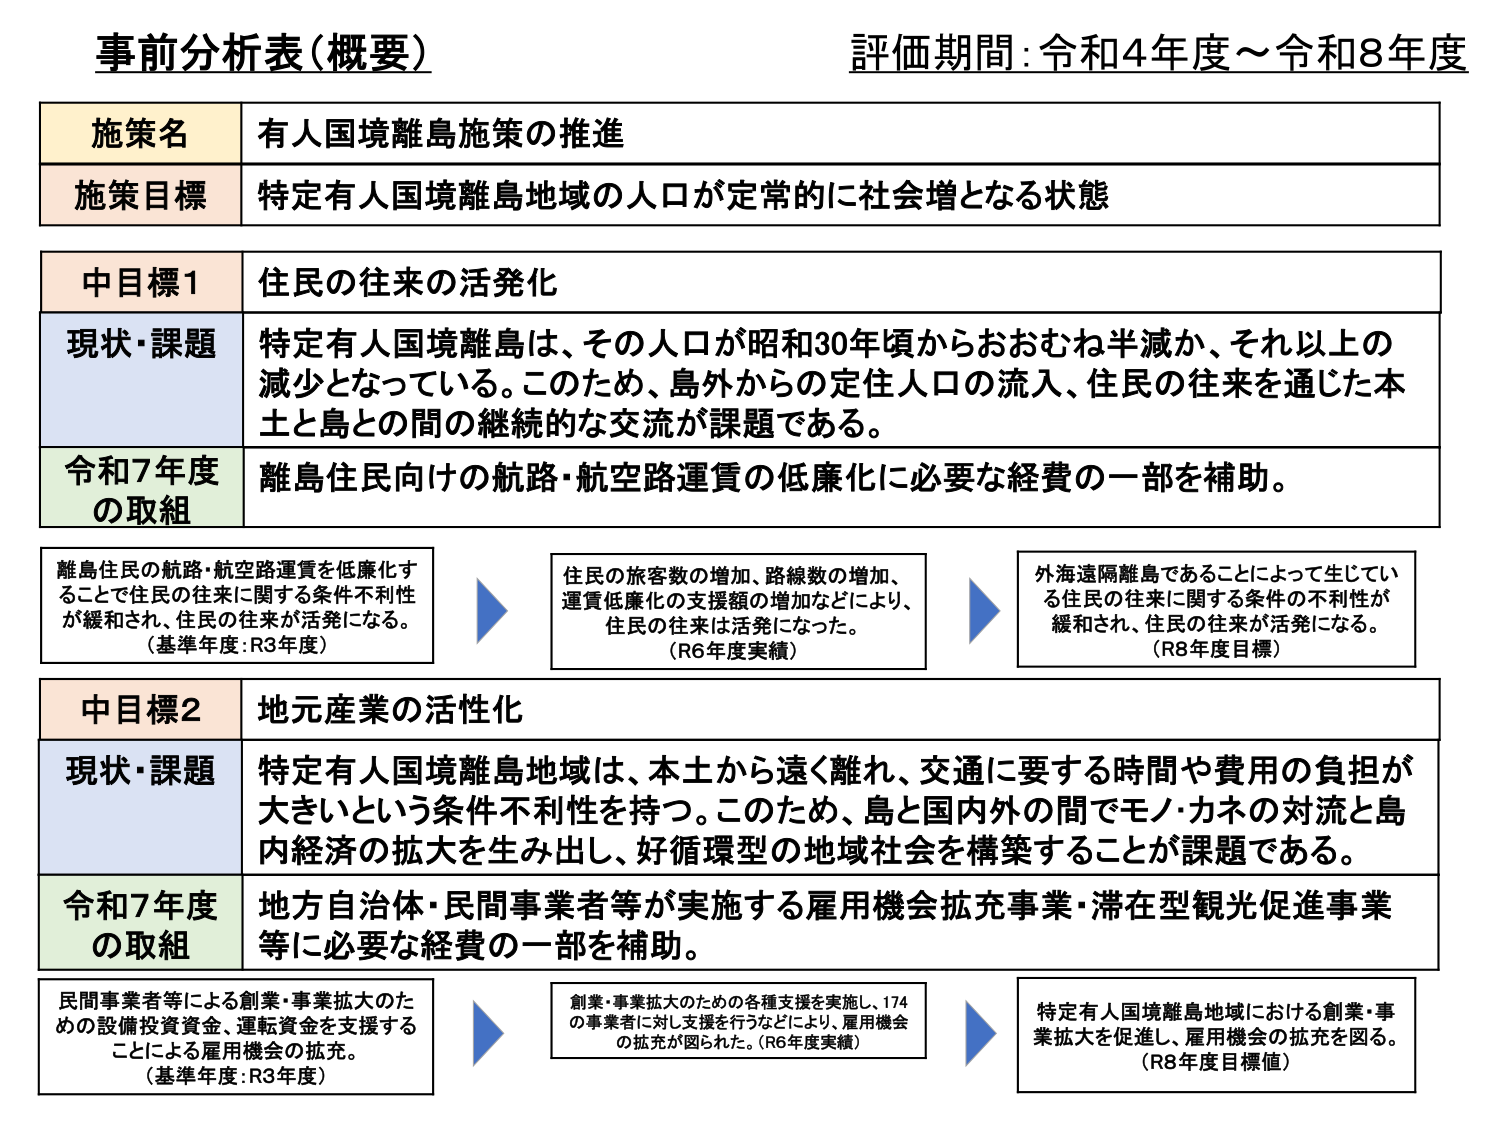
事前分析表（概要）
評価期間：令和4年度～令和8年度

施策名　有人国境離島施策の推進
施策目標　特定有人国境離島地域の人口が定常的に社会増となる状態

中目標1　住民の往来の活発化
現状・課題　特定有人国境離島は、その人口が昭和30年頃からおおむね半減か、それ以上の減少となっている。このため、島外からの定住人口の流入、住民の往来を通じた本土と島との間の継続的な交流が課題である。
令和7年度の取組　離島住民向けの航路・航空路運賃の低廉化に必要な経費の一部を補助。

離島住民の航路・航空路運賃を低廉化することで住民の往来に関する条件不利性が緩和され、住民の往来が活発になる。
（基準年度：R3年度）

住民の旅客数の増加、路線数の増加、運賃低廉化の支援額の増加などにより、住民の往来は活発になった。
（R6年度実績）

外海遠隔離島であることによって生じている住民の往来に関する条件の不利性が緩和され、住民の往来が活発になる。
（R8年度目標）

中目標2　地元産業の活性化
現状・課題　特定有人国境離島地域は、本土から遠く離れ、交通に要する時間や費用の負担が大きいという条件不利性を持つ。このため、島と国内外の間でモノ・カネの対流と島内経済の拡大を生み出し、好循環型の地域社会を構築することが課題である。
令和7年度の取組　地方自治体・民間事業者等が実施する雇用機会拡充事業・滞在型観光促進事業等に必要な経費の一部を補助。

民間事業者等による創業・事業拡大のための設備投資資金、運転資金を支援することによる雇用機会の拡充。
（基準年度：R3年度）

創業・事業拡大のための各種支援を実施し、174の事業者に対し支援を行うなどにより、雇用機会の拡充が図られた。（R6年度実績）

特定有人国境離島地域における創業・事業拡大を促進し、雇用機会の拡充を図る。
（R8年度目標）